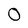
Character: 0